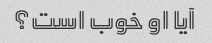
آیا او خوب است؟